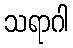
သရာဂါ